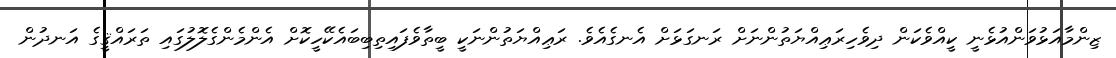
ޒިންމާއަޅުވަންއުޅެނީ ކީއްވެކަން ދިވެހިރަޢިއްޔަތުންނަށް ރަނގަޅަށް އެނގެއެވެ. ރަޢިއްޔަތުންނަކީ ބީތާވެފައިތިބިބައެކޭހީކޮށް އެންމެންގެލޮލުގައި ތަރައްޤީގެ އަނދުން